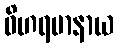
ဝိဟရမာနာယ